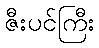
ဇီးပင်ကြီး